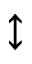
\updownarrow